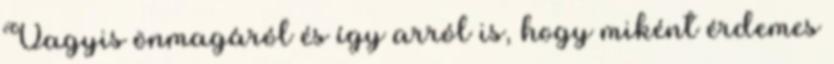
Vagyis önmagáról és így arról is, hogy miként érdemes